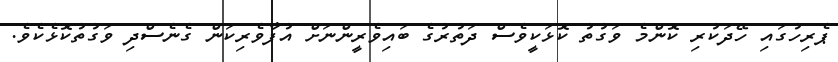
ޕެރިހުގައި ހޭދަކުރި ކޮންމެ ވަގުތު ކޮޅަކީވެސް ދަތުރުގެ ބައިވެރީންނަށް އުފާވެރިކަން ގެނެސްދި ވަގުތުކޮޅެކެވެ.